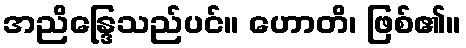
အညိန္ဒြေသည်ပင်။ ဟောတိ၊ ဖြစ်၏။